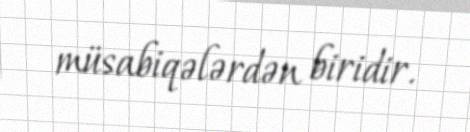
müsabiqələrdən biridir.